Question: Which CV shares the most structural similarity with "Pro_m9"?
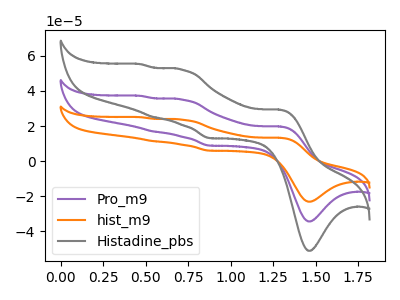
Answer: <think>The purple curve "Pro_m9" has anodic peaks at (1.30V, 19.70uA) (0.70V, 35.10uA) (0.55V, 16.85uA) (0.45V, 37.20uA) and cathodic peaks at (1.45V, -34.45uA) (0.85V, 8.80uA). The orange curve "hist_m9" has anodic peaks at (1.30V, 39.40uA) (0.70V, 70.15uA) (0.55V, 33.70uA) (0.45V, 74.35uA) and cathodic peaks at (1.45V, -68.90uA) (0.85V, 17.60uA). The gray curve "Histadine_pbs" has anodic peaks at (1.30V, 29.30uA) (0.70V, 52.15uA) (0.55V, 25.05uA) (0.45V, 55.25uA) and cathodic peaks at (1.45V, -51.20uA) (0.85V, 13.10uA).
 All the peaks in "Pro_m9" have a peak in "hist_m9" at the same potential. All the peaks in "Pro_m9" have a peak in "Histadine_pbs" at the same potential. All the peaks in "hist_m9" have a peak in "Histadine_pbs" at the same potential.</think>
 <answer>"Pro_m9" and "hist_m9" have a similar shape to "Histadine_pbs".</answer>
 <eval>"Pro_m9" "hist_m9"</eval>